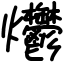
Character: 爩